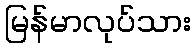
မြန်မာလုပ်သား